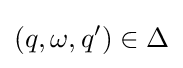
(q,\omega ,q')\in \Delta